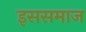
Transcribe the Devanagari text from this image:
इससमाज